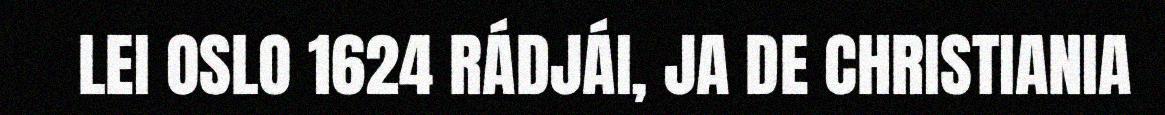
LEI OSLO 1624 RÁDJÁI, JA DE CHRISTIANIA